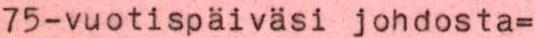
75-vuotispäiväsi johdosta=